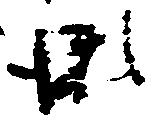
瀬